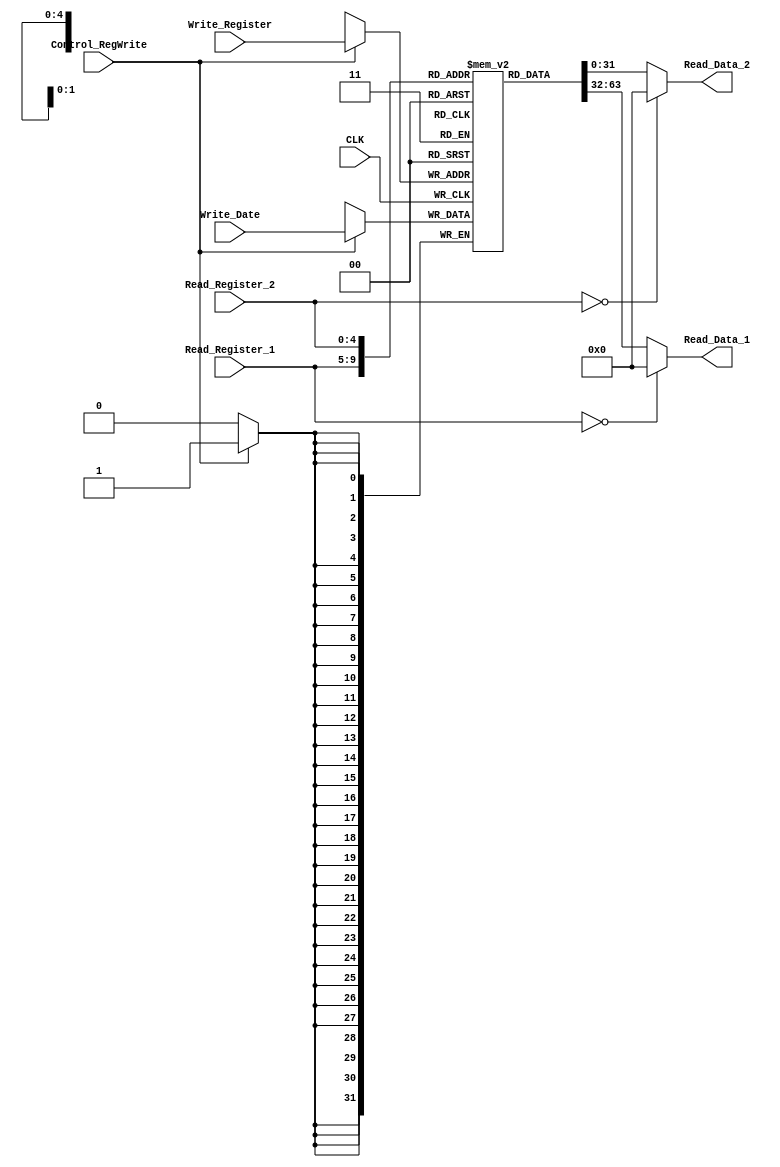
`timescale 1ns / 1ps

module register_file( CLK,Read_Register_1,Read_Register_2,Write_Register,Write_Date,Read_Data_1,Read_Data_2,Control_RegWrite);
    input wire CLK,Control_RegWrite;
    input wire [4:0] Read_Register_1,Read_Register_2,Write_Register;
    input wire [31:0] Write_Date;
    output reg [31:0] Read_Data_1,Read_Data_2;
    reg [31:0] RF_writer [31:0];
    


always @(Read_Register_1,RF_writer[Read_Register_1]) 
begin
    if (Read_Register_1 == 0) 
        Read_Data_1 = 0;
    else 
        Read_Data_1 = RF_writer[Read_Register_1];    
end

always @(Read_Register_2,RF_writer[Read_Register_2]) 
begin
    if (Read_Register_2 == 0) 
        Read_Data_2 = 0;
    else
        Read_Data_2 = RF_writer[Read_Register_2];
end

always@ (posedge CLK) 
begin
    if(Control_RegWrite == 1'b1) 
            RF_writer[Write_Register]= Write_Date;//Right new values in either Read_Register_1 or Read_Register_2   
end

endmodule